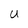
Character: U